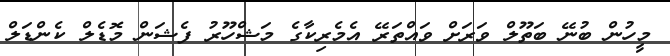
މީހުން ބުނޭ ބަތޫލް ވަރަށް ވައްތަރޭ އެމެރިކާގެ މަޝްހޫރު ފެޝަން މޮޑެލް ކެންޑަލް